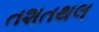
તશતથલ